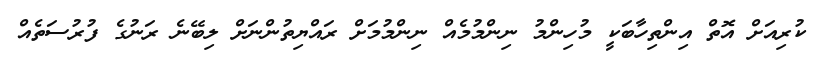
ކުރިއަށް އޮތް އިންތިހާބަކީ މުހިންމު ނިންމުމެއް ނިންމުމަށް ރައްޔިތުންނަށް ލިބޭނެ ރަަނުގެ ފުރުސަތެއް